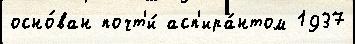
осно́ван почт'и́ асп'ира́нтом 1937